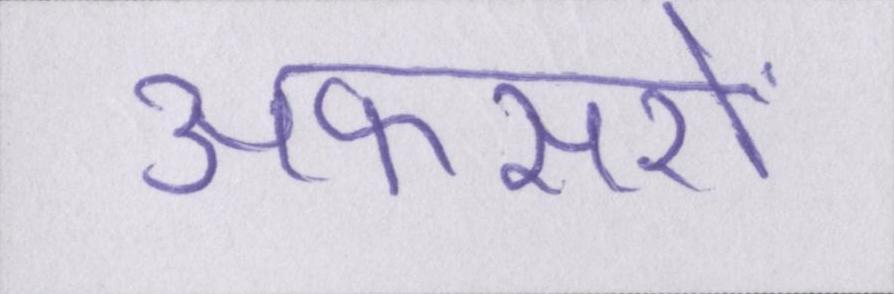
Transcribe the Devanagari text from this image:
अफसरों